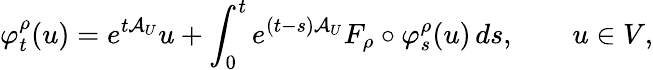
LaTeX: \varphi_{t}^{\rho}(u)=e^{t\mathcal{A}_{U}}u+\int_{0}^{t}e^{(t-s)\mathcal{A}_{U}}F_{\rho}\circ\varphi_{s}^{\rho}(u)\, ds,\qquad u\in V,